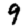
Digit: 9